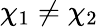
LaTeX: \chi_{1}\neq\chi_{2}